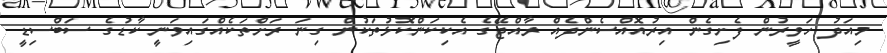
މިއަދު ހަވީރުން ފެށިގެން އިރުއޮއްސެންދެއް ރާއްޖޭގެ އެކިކަންކޮޅުތަކުން ގިނަ ރަށްތަކެއްގައިވަނީ ކާޑުގެ ސަބްސިޑީ